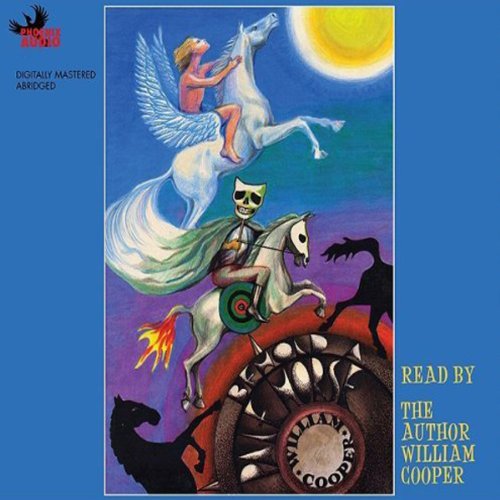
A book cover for Behold a Pale Horse; William Cooper; Religion & Spirituality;